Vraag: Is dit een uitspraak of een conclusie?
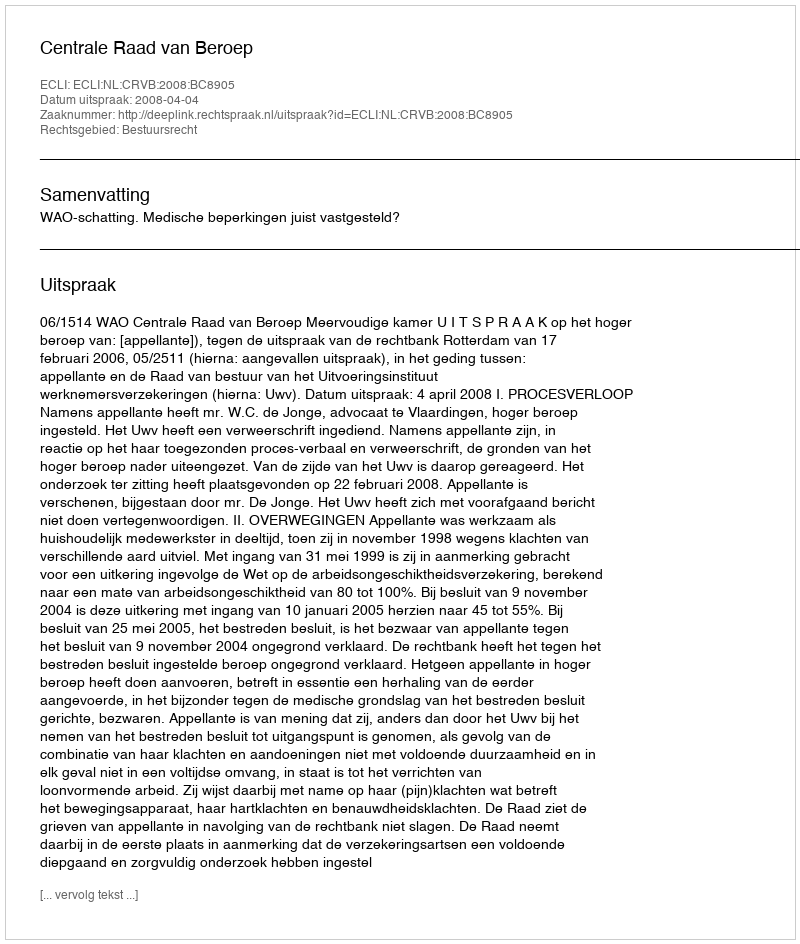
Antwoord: Uitspraak